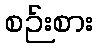
စဉ်းစား